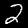
Digit: 2